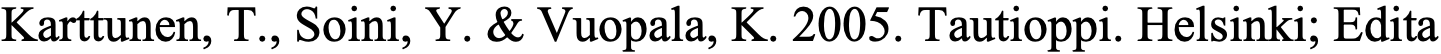
Karttunen, T., Soini, Y. & Vuopala, K. 2005. Tautioppi. Helsinki; Edita